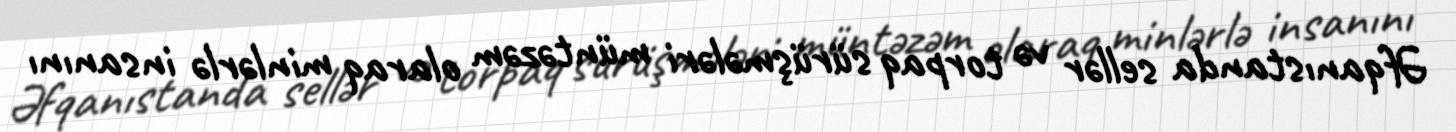
Əfqanıstanda sellər və torpaq sürüşmələri müntəzəm olaraq minlərlə insanını